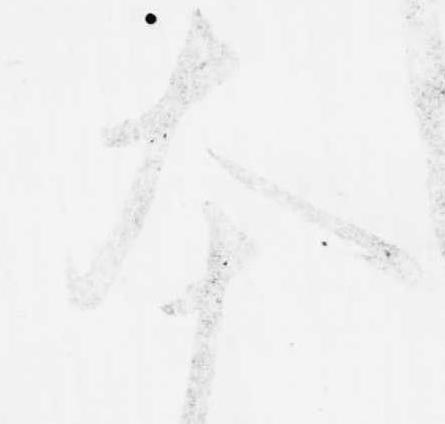
本